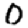
Digit: 0